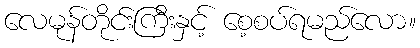
လေမုန်တိုင်းကြီးနှင့် စေ့စပ်ရမည်လော။